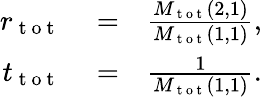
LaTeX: \begin{array}{rlr}{r_{\mathrm{~t~o~t~}}}&{{}=}&{\frac{M_{\mathrm{~t~o~t~}}(2,1)}{M_{\mathrm{~t~o~t~}}(1,1)},}\\ {t_{\mathrm{~t~o~t~}}}&{{}=}&{\frac{1}{M_{\mathrm{~t~o~t~}}(1,1)}.}\end{array}